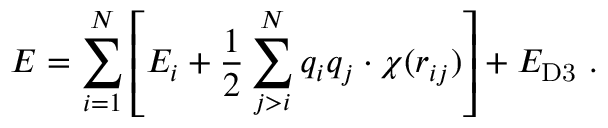
E = \sum _ { i = 1 } ^ { N } \left[ E _ { i } + \frac { 1 } { 2 } \sum _ { j > i } ^ { N } q _ { i } q _ { j } \cdot \chi ( r _ { i j } ) \right] + E _ { \mathrm { D 3 } } ~ .